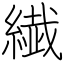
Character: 繊